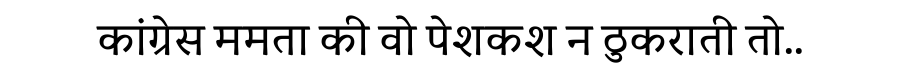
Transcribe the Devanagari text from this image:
कांग्रेस ममता की वो पेशकश न ठुकराती तो..